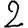
Digit: 2